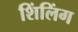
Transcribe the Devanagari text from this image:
शिंलिंग